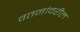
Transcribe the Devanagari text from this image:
वतनांवरील